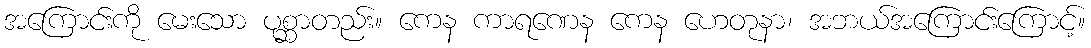
အကြောင်းကို မေးသော ပုစ္ဆာတည်း။ ကေန ကာရဏေန ကေန ဟေတုနာ၊ အဘယ်အကြောင်းကြောင့်။